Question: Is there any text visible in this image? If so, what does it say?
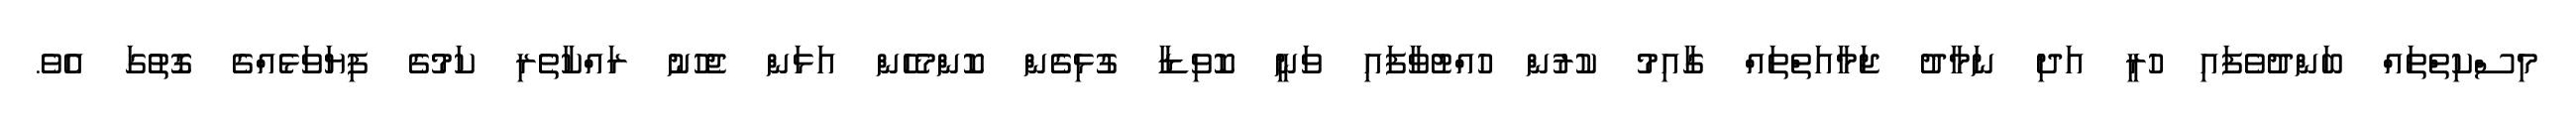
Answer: މިސްކިތްތައް ބަންދުވެފައި ހުރީ އަދި ނަމާދު ޖަމާއަތްތައް ގާއިމު ކުރުން ހުއްޓުވާފައި ވަނީ ކޮވިޑާ ގުޅިގެން ކޮންމެހެން އަޅަން ޖެހުނު ރައްކާތެރި ކަމުގެ ފިޔަވަޅެއްގެ ގޮތުގަ އެވެ.